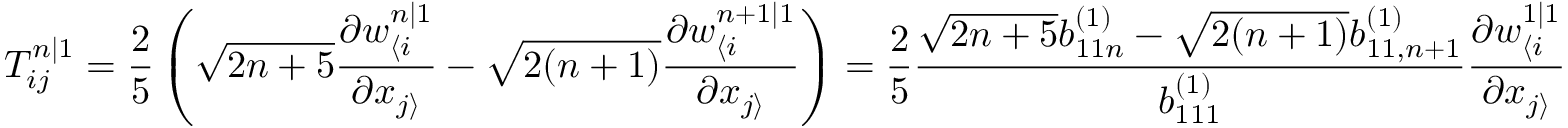
T _ { i j } ^ { n | 1 } = \frac { 2 } { 5 } \left( \sqrt { 2 n + 5 } \frac { \partial w _ { \langle i } ^ { n | 1 } } { \partial x _ { j \rangle } } - \sqrt { 2 ( n + 1 ) } \frac { \partial w _ { \langle i } ^ { n + 1 | 1 } } { \partial x _ { j \rangle } } \right) = \frac { 2 } { 5 } \frac { \sqrt { 2 n + 5 } b _ { 1 1 n } ^ { ( 1 ) } - \sqrt { 2 ( n + 1 ) } b _ { 1 1 , n + 1 } ^ { ( 1 ) } } { b _ { 1 1 1 } ^ { ( 1 ) } } \frac { \partial w _ { \langle i } ^ { 1 | 1 } } { \partial x _ { j \rangle } }